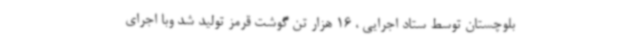
بلوچستان توسط ستاد اجرایی ، 16 هزار تن گوشت قرمز تولید شد وبا اجرای